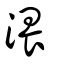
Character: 渨